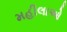
મહીલાઓ